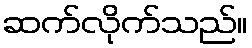
ဆက်လိုက်သည်။